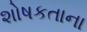
શોષકતાના